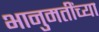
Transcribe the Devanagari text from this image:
भानुमतींच्या